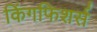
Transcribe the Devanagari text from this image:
किंगफिशर्स